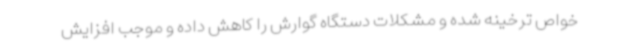
خواص ترخینه شده و مشکلات دستگاه گوارش را کاهش داده و موجب افزایش